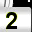
Digit: 2